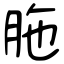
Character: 胣